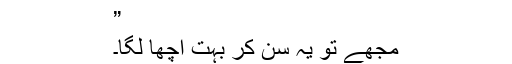
”
مجھے تو یہ سن کر بہت اچھا لگا۔